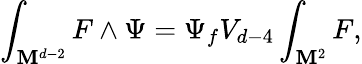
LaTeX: \int_{\mathbf{M}^{d-2}}F\wedge\Psi=\Psi_{f}V_{d-4}\int_{\mathbf{M}^{2}}F,